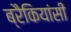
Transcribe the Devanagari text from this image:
ब्रैकियांसी